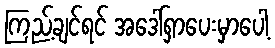
ကြည့်ချင်ရင် အဒေါ်ရှာပေးမှာပေါ့